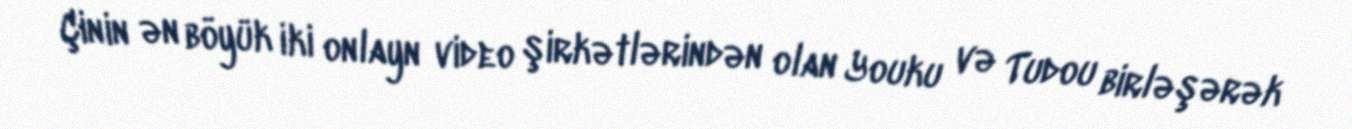
Çinin ən böyük iki onlayn video şirkətlərindən olan Youku və Tudou birləşərək